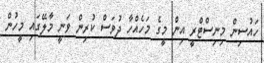
ހައުސިން މިނިސްޓްރީ އިން މީގެ މަހެއްހާ ދުވަސް ކުރިން ވަނީ މާލޭގައި މީހުން